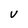
Character: V